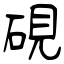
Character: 硯